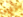
نحن